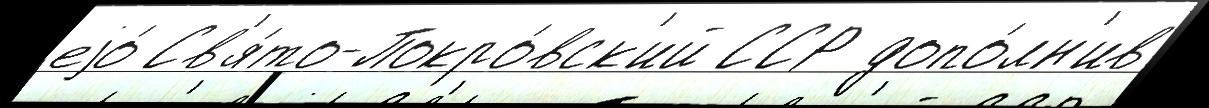
еjо́ Св'я́то-Покро́вск'ий ССР допо́лн'ив